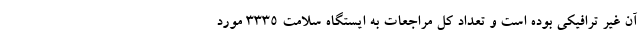
آن غیر ترافیکی بوده است و تعداد کل مراجعات به ایستگاه سلامت ۳۳۳۵ مورد